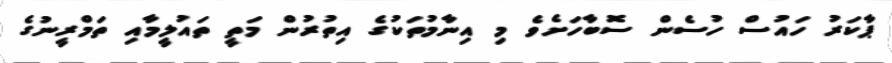
ޕާކަރު ހައުސް ހުސެން ސޮބާހަށެވެ މި އިނާމުތަކުގެ އިތުރުން މަތީ ތައުލީމާއި ތަމްރީނުގެ